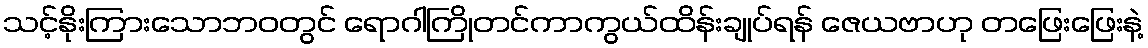
သင့်နိုးကြားသောဘဝတွင် ရောဂါကြိုတင်ကာကွယ်ထိန်းချုပ်ရန် ဇေယဗာဟု တဖြေးဖြေးနဲ့